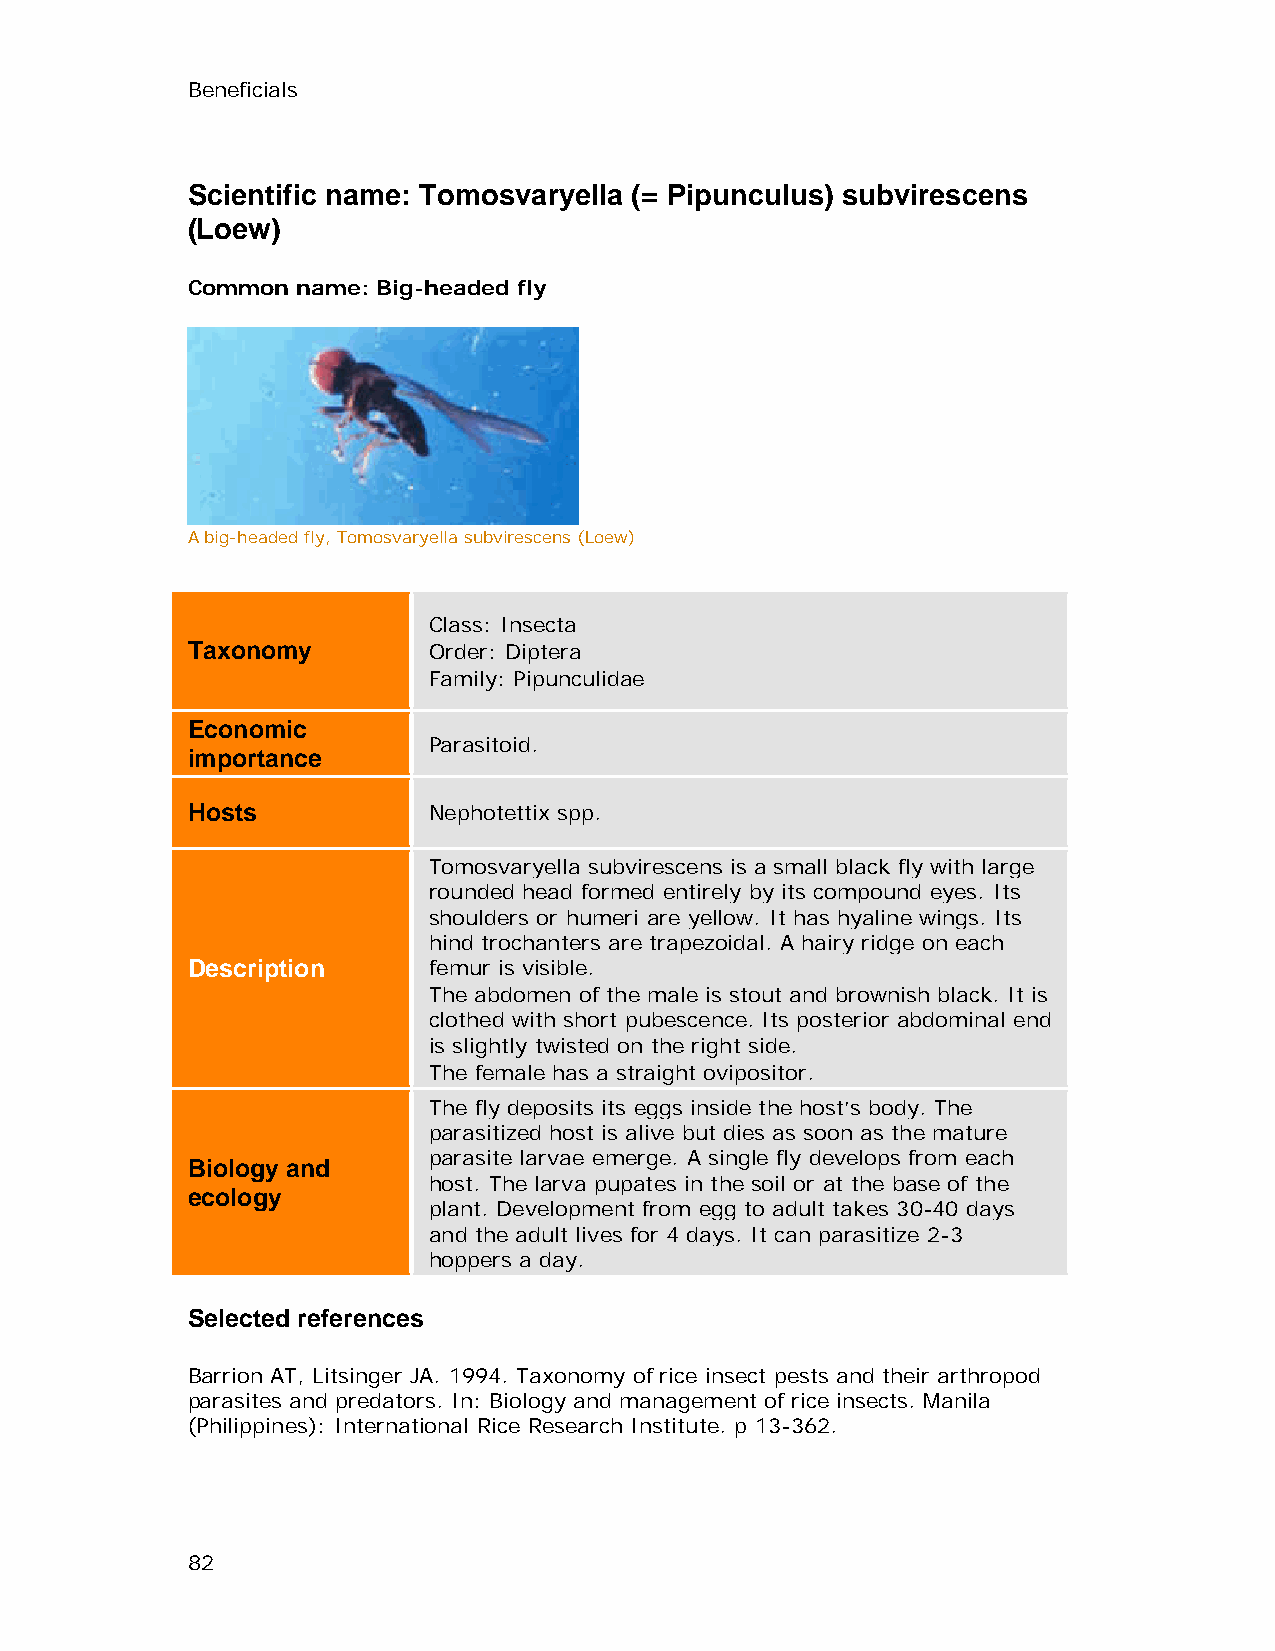
Beneficials
 Scientific name: Tomosvaryella (= Pipunculus) subvirescens
 (Loew)
 Common  name: Big-headed fly
 A big-headed fly, Tomosvaryella subvirescens (Loew)
 Class: Insecta
 Taxonomy        Order: Diptera
 Family: Pipunculidae
 Economic
 Parasitoid.
 importance
 Hosts           Nephotettix spp.
 Tomosvaryella subvirescens is a small black fly with large
 rounded head formed entirely by its compound eyes. Its
 shoulders or humeri are yellow. It has hyaline wings. Its
 hind trochanters are trapezoidal. A hairy ridge on each
 Description     femur is visible.
 The abdomen of the male is stout and brownish black. It is
 clothed with short pubescence. Its posterior abdominal end
 is slightly twisted on the right side.
 The female has a straight ovipositor.
 The fly deposits its eggs inside the host’s body. The
 parasitized host is alive but dies as soon as the mature
 parasite larvae emerge. A single fly develops from each
 Biology and
 host. The larva pupates in the soil or at the base of the
 ecology
 plant. Development from egg to adult takes 30-40 days
 and the adult lives for 4 days. It can parasitize 2-3
 hoppers a day.
 Selected references
 Barrion AT, Litsinger JA. 1994. Taxonomy of rice insect pests and their arthropod
 parasites and predators. In: Biology and management of rice insects. Manila
 (Philippines): International Rice Research Institute. p 13-362.
 82